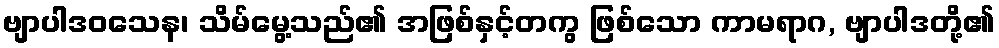
ဗျာပါဒဝသေန၊ သိမ်မွေ့သည်၏ အဖြစ်နှင့်တကွ ဖြစ်သော ကာမရာဂ, ဗျာပါဒတို့၏